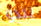
يبدو